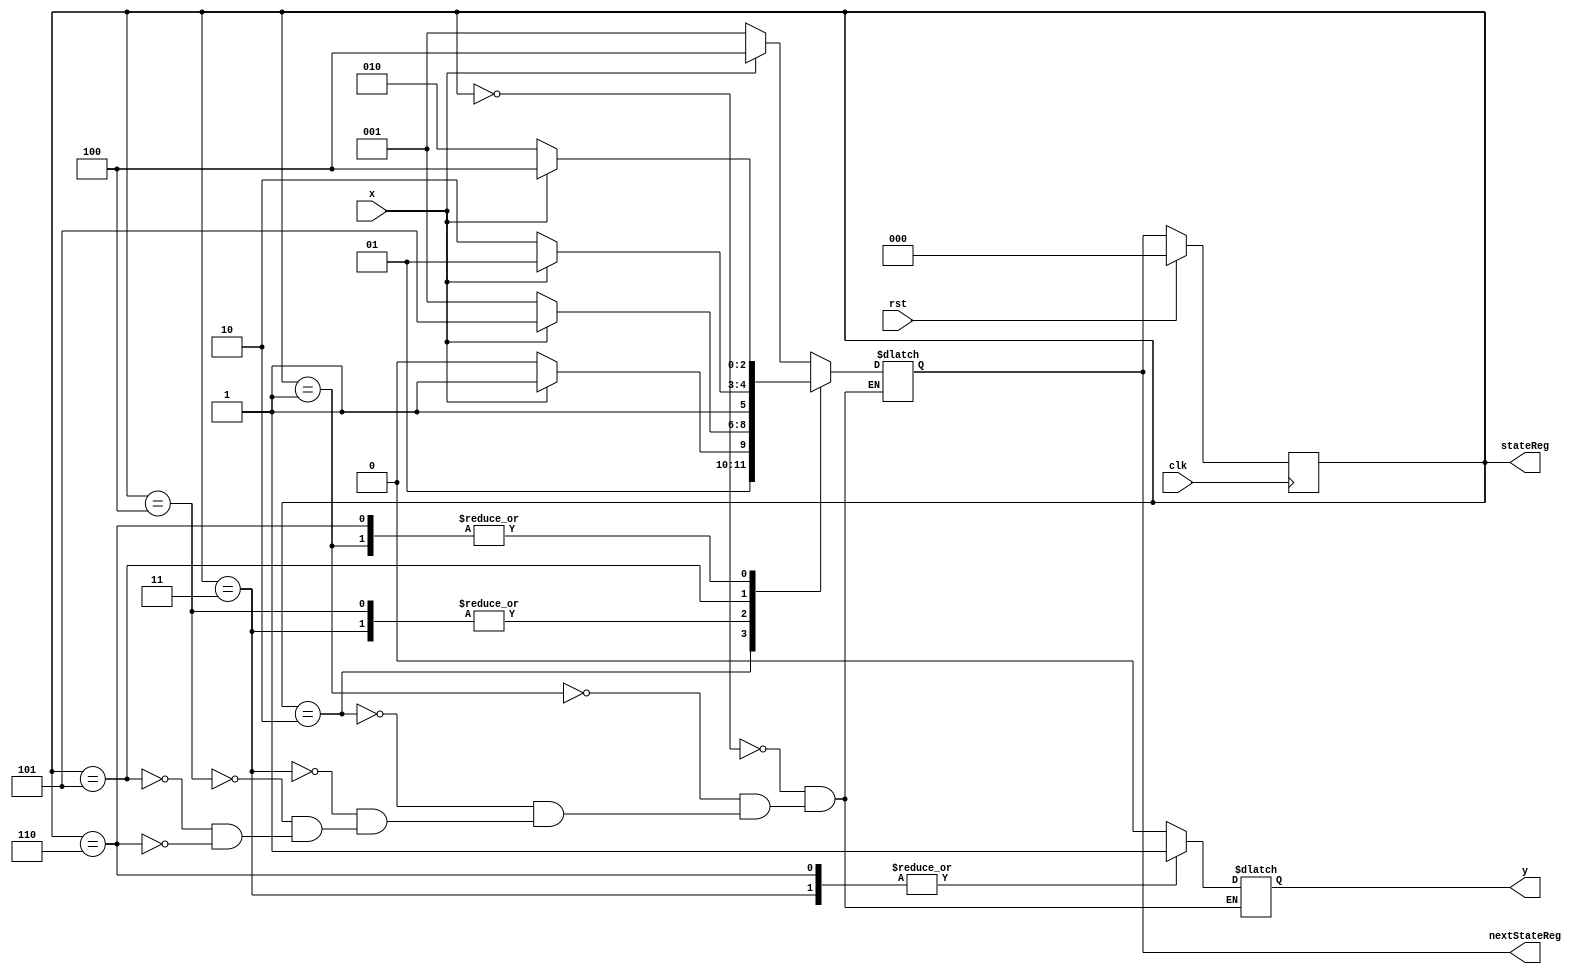
`timescale 1ns / 1ns

// Put the last sequence you have tried below.
// parameter inputseq = 64'b0000000111110001100001001001001001001000010000010100010100000011;

module source(y, stateReg, nextStateReg, x, rst, clk);

output reg [0:0] y;
input wire x;
input wire rst;
input wire clk;

parameter 	S0 = 3'b000, 
			S1 = 3'b001, 
			S2 = 3'b010, 
			S3 = 3'b011, 
			S4 = 3'b100, 
			S5 = 3'b101, 
			S6 = 3'b110;

output reg [2:0] stateReg;
output reg [2:0] nextStateReg;

always@(stateReg, x) begin
	case(stateReg)
		S0: begin
			y <= 1'b0;
			if(x==0) begin
				nextStateReg <= S1;
			end
			else begin
				nextStateReg <= S4;
			end
		end
		S1: begin
			y <= 1'b0;
			if(x==0) begin
				nextStateReg <= S2;
			end
			else begin
				nextStateReg <= S4;
			end
		end
		S2: begin
			y <= 1'b0;
			if(x==0) begin
				nextStateReg <= S2;
			end
			else begin
				nextStateReg <= S3;
			end
		end
		S3: begin
			y <= 1'b1;
			if(x==0) begin
				nextStateReg <= S1;
			end
			else begin
				nextStateReg <= S5;
			end
		end
		S4: begin
			y <= 1'b0;
			if(x==0) begin
				nextStateReg <= S1;
			end
			else begin
				nextStateReg <= S5;
			end
		end
		S5: begin
			y <= 1'b0;
			if(x==0) begin
				nextStateReg <= S6;
			end
			else begin
				nextStateReg <= S5;
			end
		end
		S6: begin
			y <= 1'b1;
			if(x==0) begin
				nextStateReg <= S2;
			end
			else begin
				nextStateReg <= S4;
			end
		end
	endcase
end

always@(posedge clk) begin
	if(rst) begin
		stateReg <= S0;
	end
	else begin
		stateReg <= nextStateReg;
	end
end

endmodule